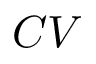
C V